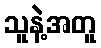
သူနဲ့အတူ